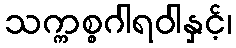
သက္ကစ္စဂါရဝါနှင့်၊